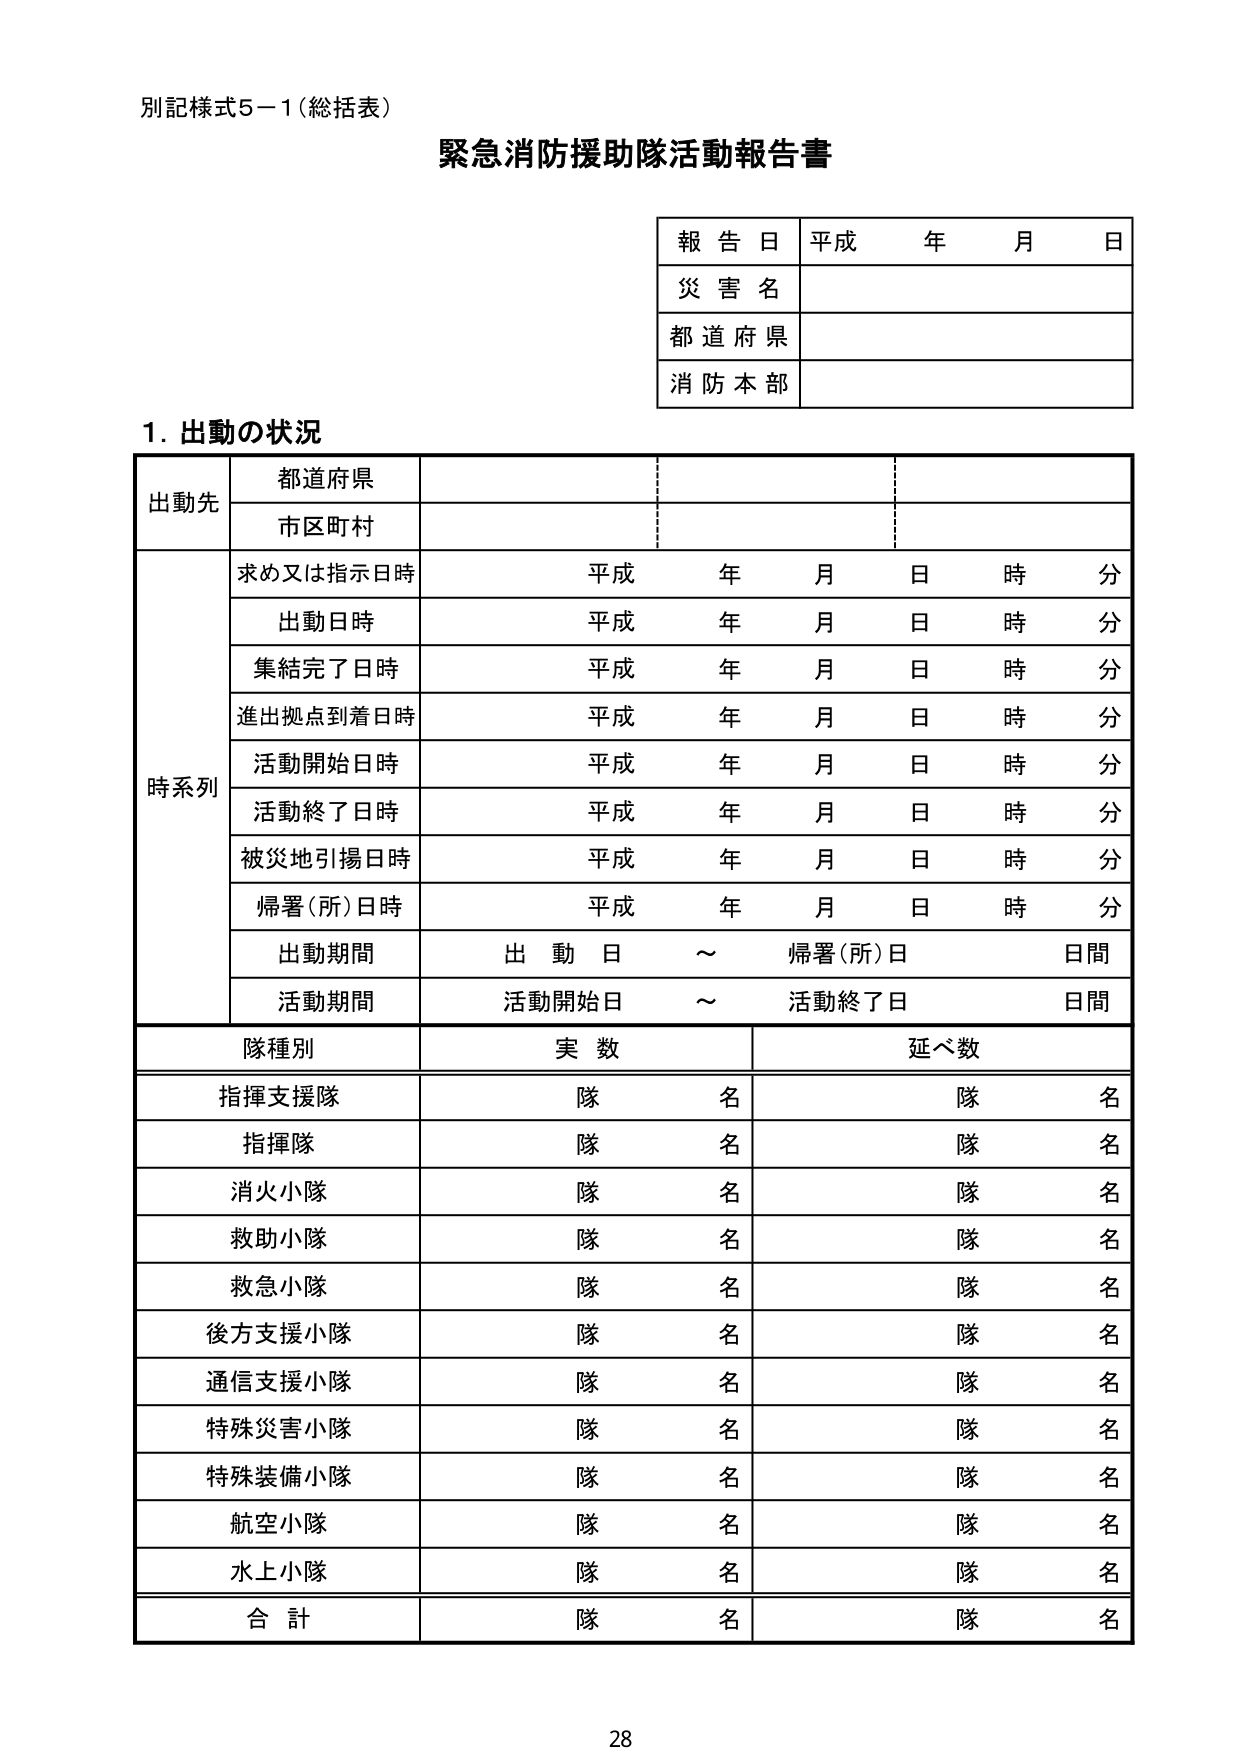
別記様式5－1（総括表）
緊急消防援助隊活動報告書

報告日 平成 年 月 日
災害名
都道府県
消防本部

1. 出動の状況

出動先
　都道府県
　市区町村

時系列
　求め又は指示日時 平成 年 月 日 時 分
　出動日時 平成 年 月 日 時 分
　集結完了日時 平成 年 月 日 時 分
　進出拠点到着日時 平成 年 月 日 時 分
　活動開始日時 平成 年 月 日 時 分
　活動終了日時 平成 年 月 日 時 分
　被災地引揚日時 平成 年 月 日 時 分
　帰署（所）日時 平成 年 月 日 時 分
　出動期間 出動日 ～ 帰署（所）日 日間
　活動期間 活動開始日 ～ 活動終了日 日間

隊種別 実数 延べ数
　指揮支援隊 隊 名 隊 名
　指揮隊 隊 名 隊 名
　消火小隊 隊 名 隊 名
　救助小隊 隊 名 隊 名
　救急小隊 隊 名 隊 名
　後方支援小隊 隊 名 隊 名
　通信支援小隊 隊 名 隊 名
　特殊災害小隊 隊 名 隊 名
　特殊装備小隊 隊 名 隊 名
　航空小隊 隊 名 隊 名
　水上小隊 隊 名 隊 名
　合計 隊 名 隊 名

28